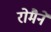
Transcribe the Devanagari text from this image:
रोमैने